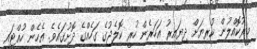
މީރުކޮއްލުން ކުރިޔަށް ދިޔައިރު އަހަރެން ހުރީ ކޮލެޖުގެ ގަހެއްގެ ދޮށުގައެވެ. އެހެން ހުއްޓައި